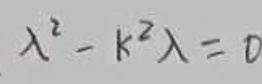
\[
\lambda^{2}-k^{2}\lambda = 0
\]